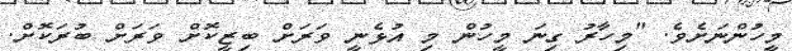
މީހުންނަށެވެ. "މިހާރު ގިނަ މީހުން މި އުޅެނީ ވަރަށް ބިޒީކޮށް ވަރަށް ބުރަކޮށް.